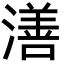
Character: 㵛